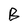
Character: B